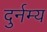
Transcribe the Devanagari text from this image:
दुर्नम्य